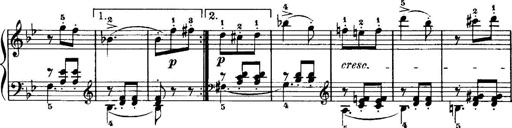
Title: 7 Sonatinas
Composer: Anton Diabelli